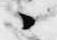
々